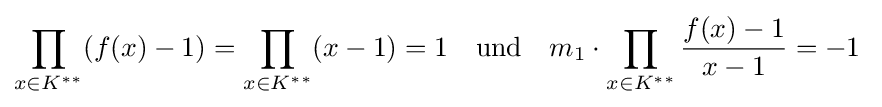
\prod _{x\in K^{**}}(f(x)-1)=\prod _{x\in K^{**}}(x-1)=1\quad {\text{und}}\quad m_{1}\cdot \prod _{x\in K^{**}}{\frac {f(x)-1}{x-1}}=-1\;